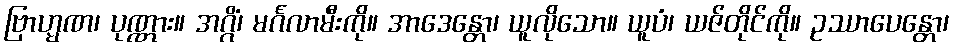
ဗြာဟ္မဏ၊ ပုဏ္ဏား။ အဂ္ဂိံ၊ မင်္ဂလာမီးကို။ အာဒေန္တော၊ ယူလိုသော။ ယူပံ၊ ယဇ်တိုင်ကို။ ဥဿာပေန္တော၊